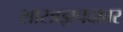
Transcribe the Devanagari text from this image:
शास्त्रज्ञपदावर